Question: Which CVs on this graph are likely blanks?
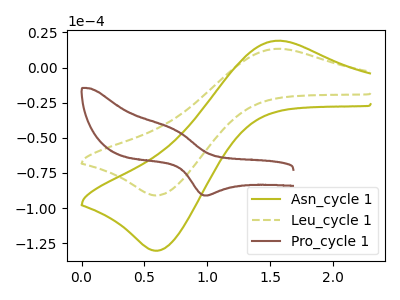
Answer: <think>The olive curve "Asn_cycle 1" has an anodic peak at (1.55V, 19.05uA) and a cathodic peak at (0.60V, -130.35uA). The olive dashed curve "Leu_cycle 1" has an anodic peak at (1.55V, 13.30uA) and a cathodic peak at (0.60V, -91.00uA). The brown curve "Pro_cycle 1" has an anodic peak at (0.75V, -44.20uA) and a cathodic peak at (1.00V, -91.05uA).</think>
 <answer>There are not any CV's on this graph that are likely to be blanks.</answer>
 <eval>none</eval>